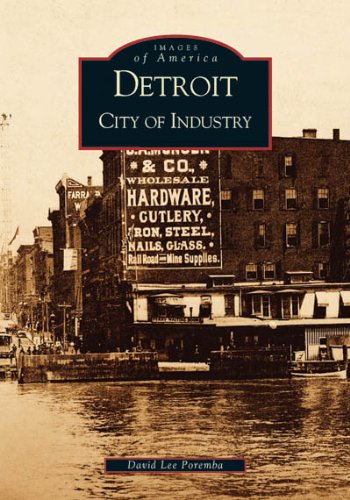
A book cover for Detroit: City  of  Industry   (MI)  (Images  of  America); David  Lee  Poremba; Travel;